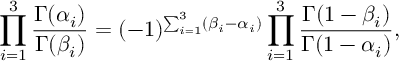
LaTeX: \prod _ { i = 1 } ^ { 3 } \frac { \Gamma ( \alpha _ { i } ) } { \Gamma ( \beta _ { i } ) } = ( - 1 ) ^ { \sum _ { i = 1 } ^ { 3 } ( \beta _ { i } - \alpha _ { i } ) } \prod _ { i = 1 } ^ { 3 } \frac { \Gamma ( 1 - \beta _ { i } ) } { \Gamma ( 1 - \alpha _ { i } ) } ,